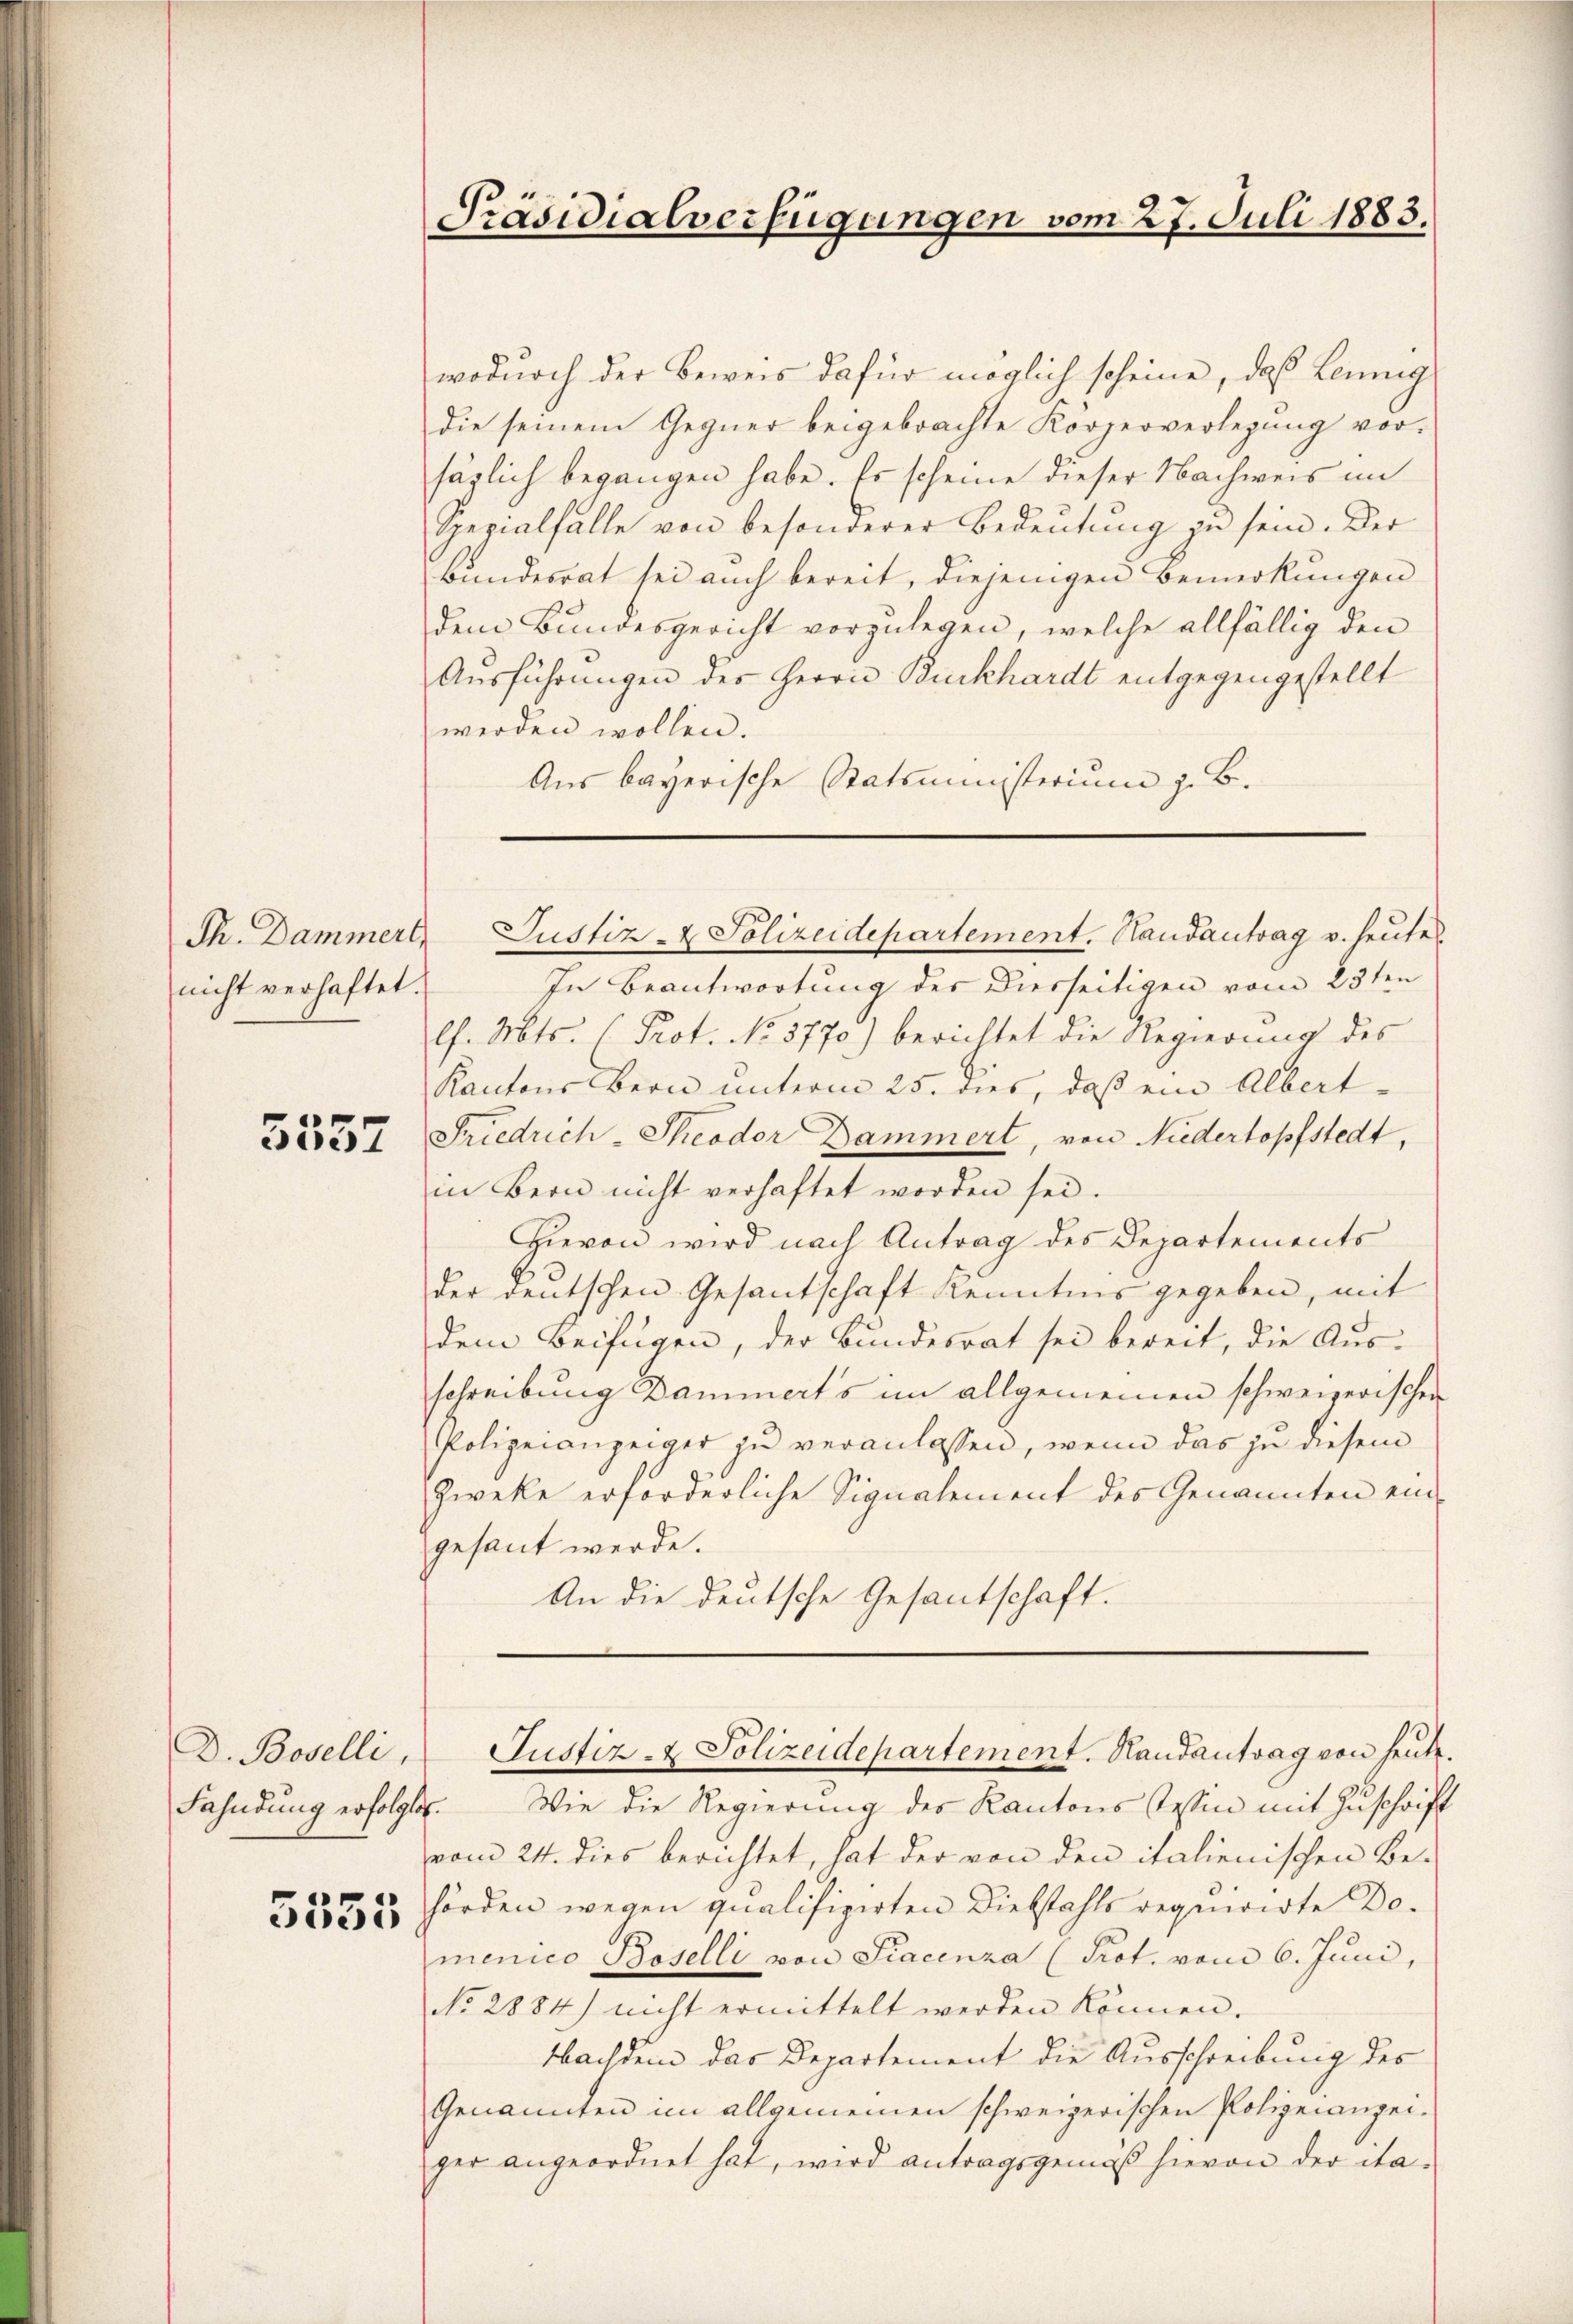
Th. Dammerl,
nicht verhaftet.

5557

D. Bovelli,
Fahndung erfolgte.
1
e

Präsidialverfügungen vom 27. Juli 1883.

wodurch der Beweis dafür möglich scheine, daß Leing
die seinem Gegner beigebrachte Körperverlegung vorsäglich begangen habe. Es scheine dieser Nachweis im
Spezialfalle von besonderer Bedeŭtŭng zŭ sein. Der
Bundesrat sei auch bereit, diejenigen Bemerkungen
dem Bundesgericht vorzulegen, welche allfällig den
Aŭsführungen des Herrn Burkhardt entgegengestellt
werden wollen.
Aus bayerische Statsministerium z. B.

In Beantwortung des Dierseitigen vom 23ten
lf. Mts. (Prot. No 3770.) berichtet die Regierung des
Kantons Bern unterm 25. dies, daß ein Albert¬
Friedrich-Theodor Dammert, von Niedertopfstedt,
in Bern nicht verhaftet worden sei.
Hievon wird nach Antrag des Departements
der deutschen Gesantschaft Kenntnis gegeben, mit
dem Beifügen, der Bundesrat sei bereit, die Aus-
schreibung Dammert’s im allgemeinen schweizerischen
Polizeianzeiger zu veranlassen, wenn das zu diesem
Zweke erforderliche Signalement des Genannten ein-
gesant werde.
An die deutsche Gesantschaft.

Wie die Regierung des Kantons Tessin mit Zuschrift
vom 24. dies berichtet, hat der von den italienischen Be-
hörden wegen qualifizirten Diebstahls requirirte Do-
menico Boselli von Siacenza (Prot. vom 6. Juni,
No. 2884) nicht ermittelt werden können.
Nachdem das Departement die Ausschreibung des
Genannten im allgemeinen schweizerischen Polizeianzeiger angeordnet hat, wird antragsgemäß hievon der ita¬

Justiz- & Polizeidepartement. Handantrag v. heutes

Justiz- & Polizeidepartement. Handantrag von heute.